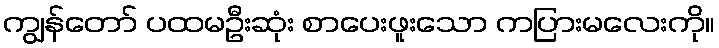
ကျွန်တော် ပထမဦးဆုံး စာပေးဖူးသော ကပြားမလေးကို။